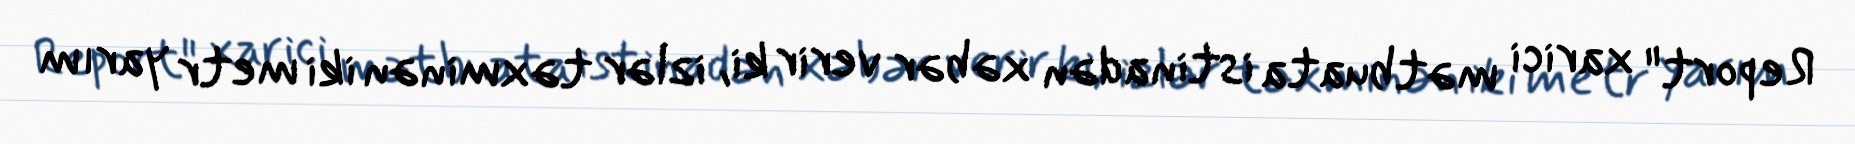
Report" xarici mətbuata istinadən xəbər verir ki, izlər təxminən iki metr yarım